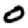
Digit: 0